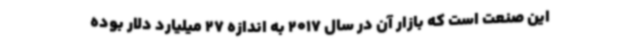
این صنعت است که بازار آن در سال 2017 به اندازه 27 میلیارد دلار بوده